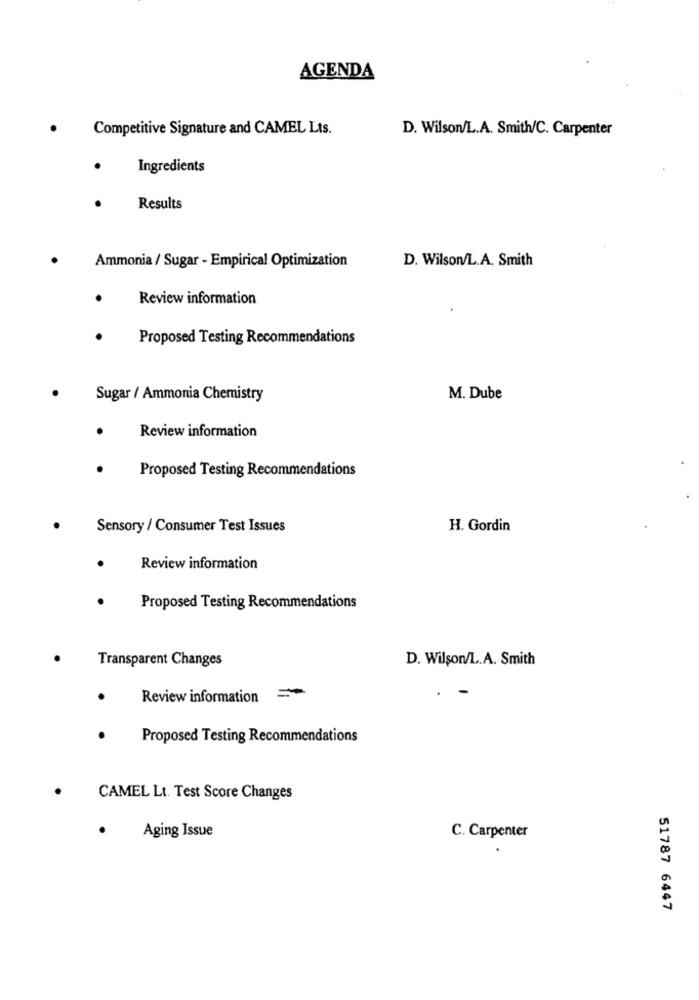
AGENDA
Competitive Signature and CAMEL Lts.
D. Wilson/L.A. Smith/C. Carpenter
Ingredients
Results
Ammonia / Sugar - Empirical Optimization
D. Wilson/L.A. Smith
Review information
Proposed Testing Recommendations
Sugar / Ammonia Chemistry
M. Dube
Review information
Proposed Testing Recommendations
Sensory / Consumer Test Issues
H. Gordin
Review information
Proposed Testing Recommendations
Transparent Changes
D. Wilson/L.A. Smith
Review information =
Proposed Testing Recommendations
CAMEL Lt. Test Score Changes
Aging Issue
C. Carpenter
51787 6447